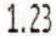
1.23